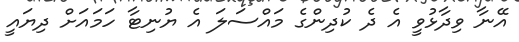
އޭނާ ވިދާޅުވީ އެ ދެ ކުދިންގެ މައްސަލަ އެ ޔުނިޓާ ހަމައަށް ދިޔައީ